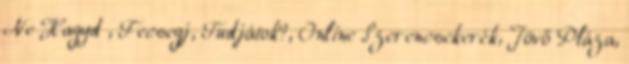
Ne Hagyd , Fecsegj, Tudjátok?, Online Szerencsekerék, Jövő Pláza,